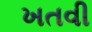
ખતવી